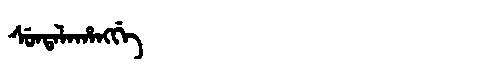
Manchu: ᠰᡠᠨᡨᠠᠯᠠᡥᠠᠩᡤᡝ
Romanization: SUNTALAHANGGE